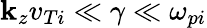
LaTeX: \mathbf{k}_{z}v_{Ti}\ll\gamma\ll\omega_{pi}